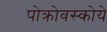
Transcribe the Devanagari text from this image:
पोक्रोवस्कोये